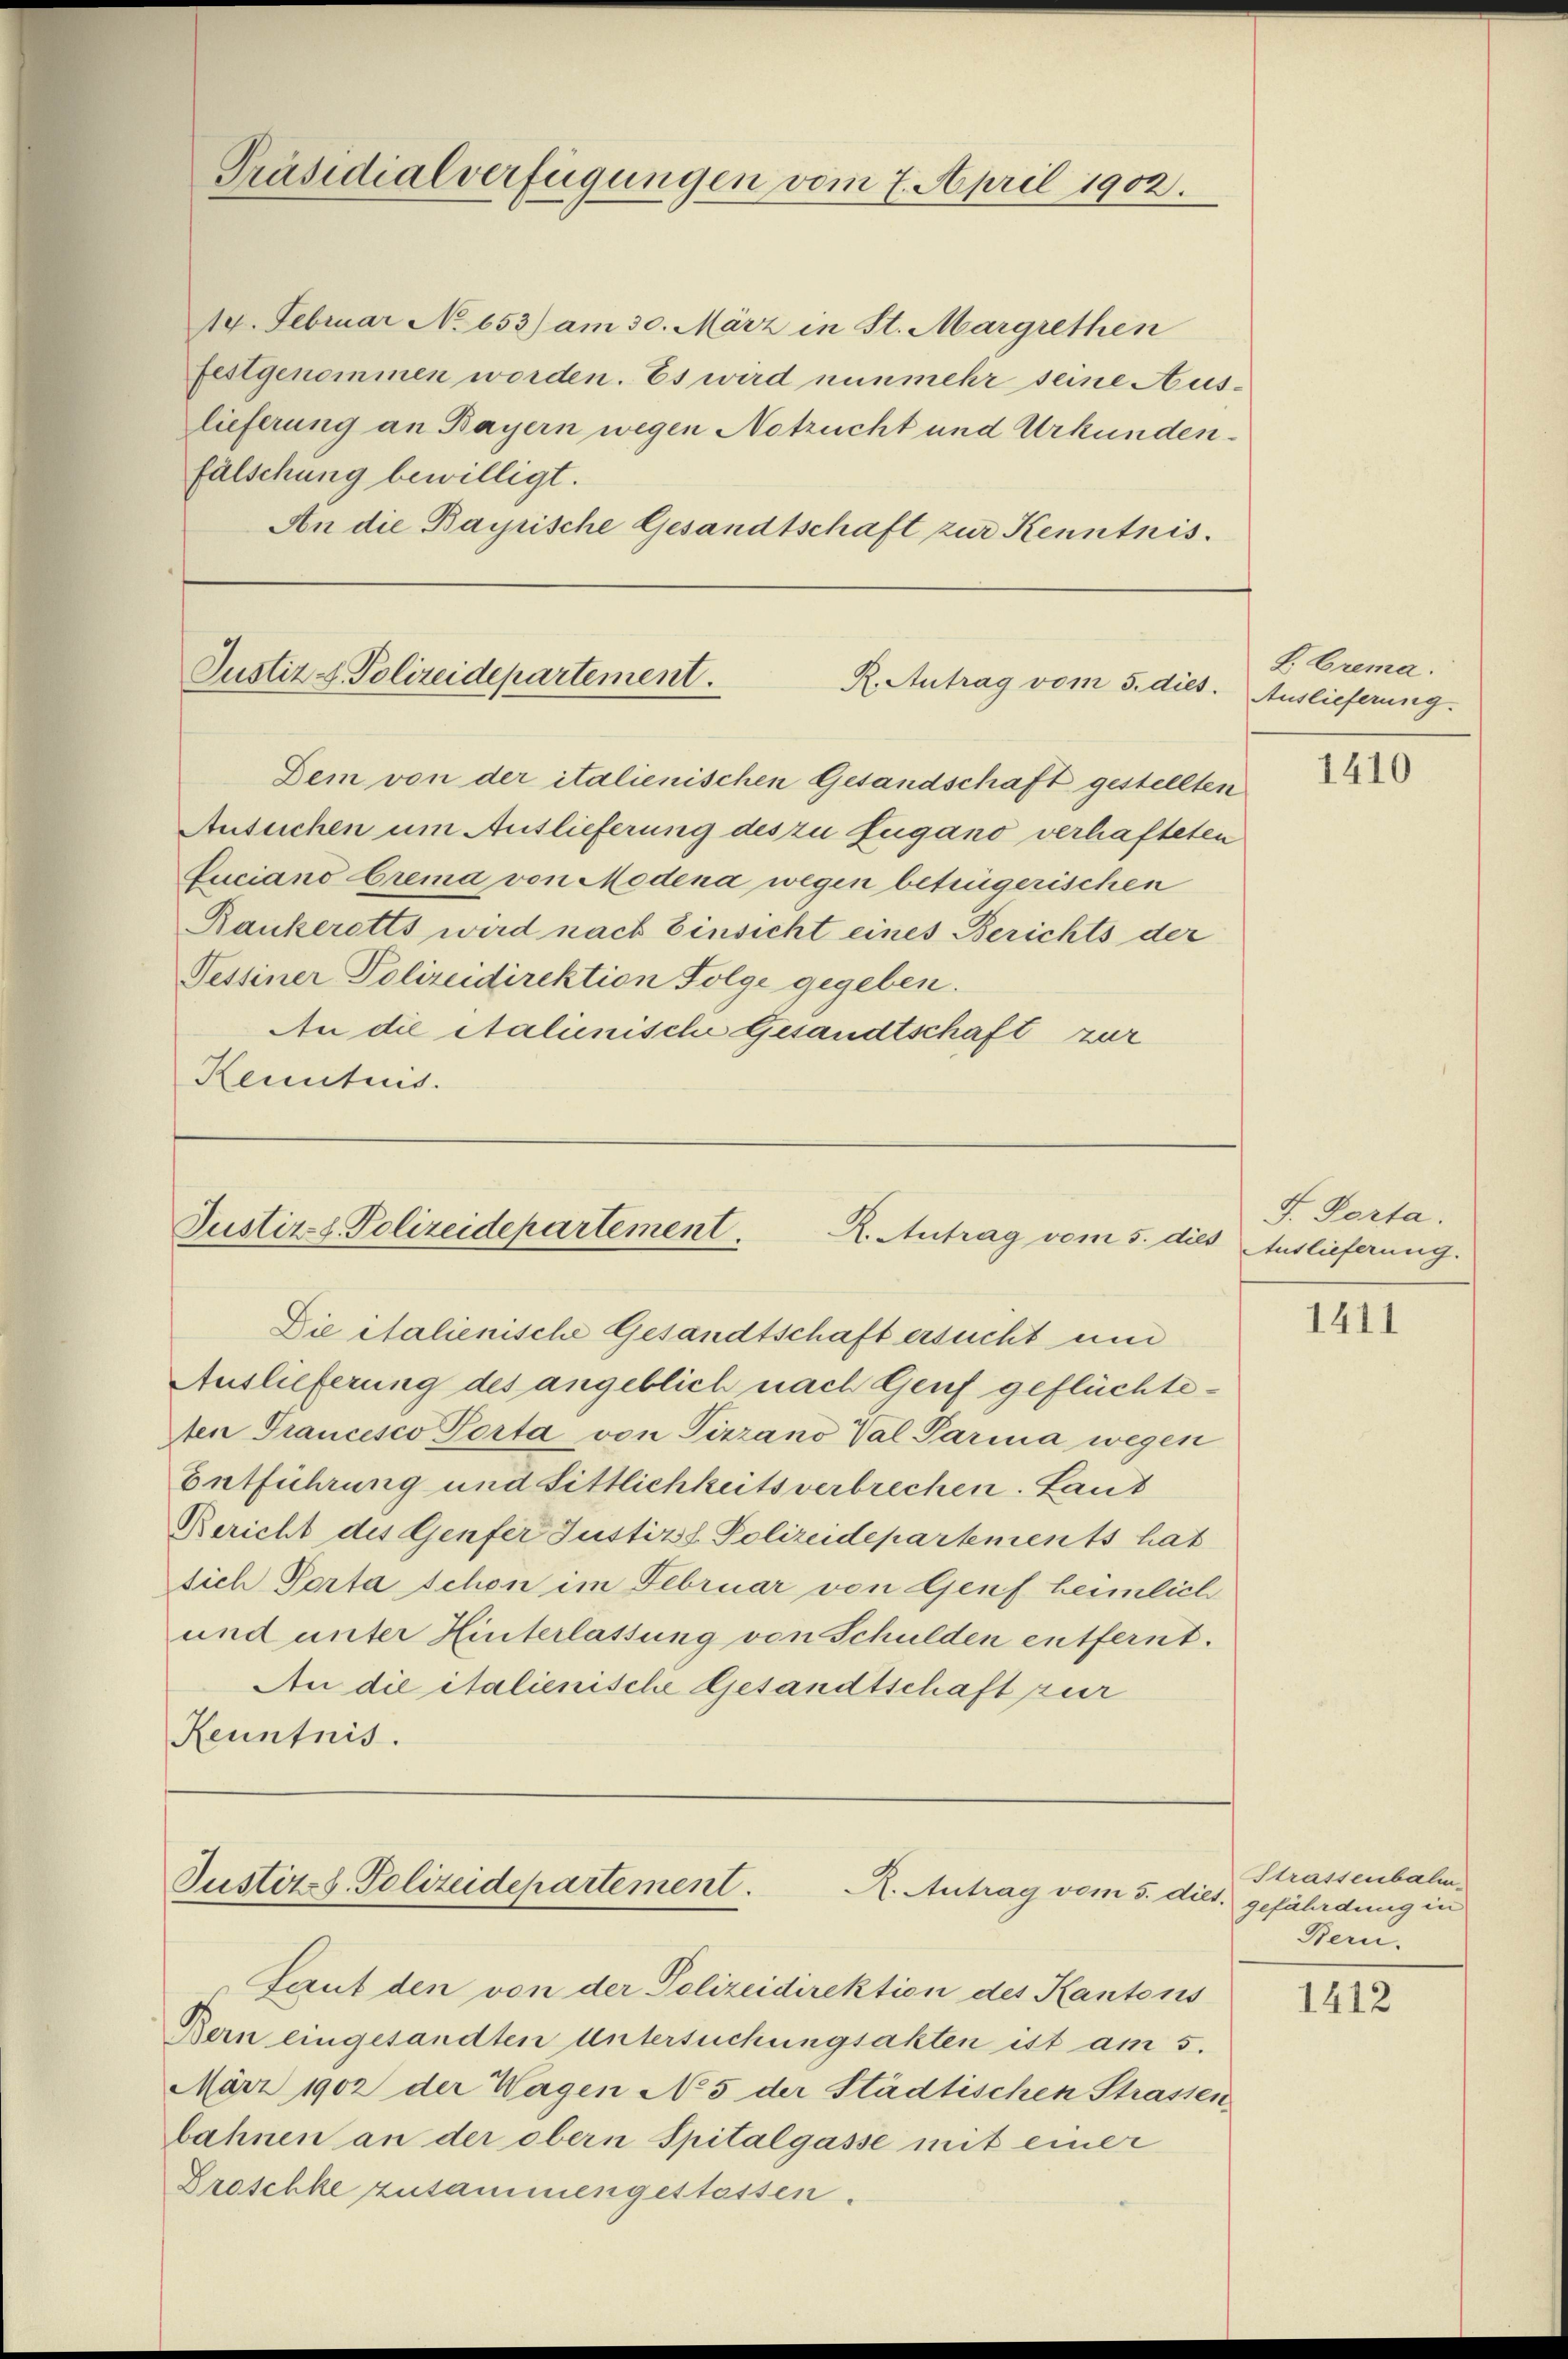
Präsidialverfügungen vom 7. April 1902.

14. Februar No 653) am 30. März in St. Margrethen
festgenommen worden. Es wird nunmehr seine Aus-
lieferung an Bayern wegen Notzucht und Urkundenfälschung bewilligt.
An die Bayrische Gesandtschaft zur Kenntnis.

Justiz & Polizeidepartement.
R. Antrag vom 5. dies. Auslieferung.

Dem von der italienischen Gesandschaft gestellten
Ansuchen um Auslieferung des zu fugano verhafteten
Luciano Grema von Modena wegen betrügerischen
Rankeretts wird nach Einsicht eines Berichts der
Tessiner Polizeidirektion Folge gegeben.
An die Stalienische Gesandtschaft zur
Kenntnus.

Justiz- & Polizeidepartement.
R. Antrag vom 5. dies Auslieferung.

Die italienische Gesandtschaft ersucht und
Auslieferung des angeblich nach Genf geflüchteten Trancesco Porta von Pirzano Val Parma wegen
Entführung und Sittlichkeits verbrechen. Laut
Bericht des Genfer Justiz. Polizeidepartements hat
dich Porta schon im Februar von Genf heimlich
und unter Hinterlassung von Schulden entfernt.
An die italienische Gesandtschaft zur
Kenntnis.

Justiz- & Polizeidepartement.
R. Antrag vom 5. dies. gefährdung in

Laut den von der Polizeidirektion des Kantons
Bern eingesandten Untersuchungsakten ist am 5.
März 1902 der Wagen No 5 der Städtischen Strassen
bahnen an der obern Spitalgasse mit einer
Droschke zusammengestassen.

L. Grema.

1410

F. Porta.

1411

Strassenbalm
Beru

1412